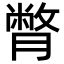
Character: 𦠞